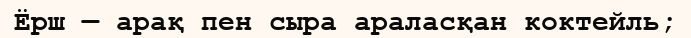
Ёрш — арақ пен сыра араласқан коктейль;